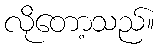
လိုတော့သည်။